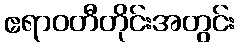
ဧရာဝတီတိုင်းအတွင်း